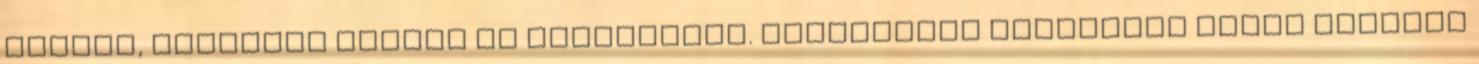
széken, asztalon ropják az örömtáncot. Izgatottan nyomulunk egyik helyről